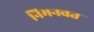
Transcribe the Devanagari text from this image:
निमनवत